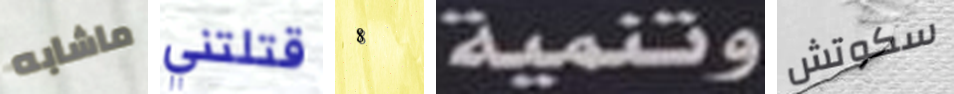
ماشابه قتلتني 8 وتنمية سكوتش